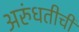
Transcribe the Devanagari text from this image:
अरुंधतीची